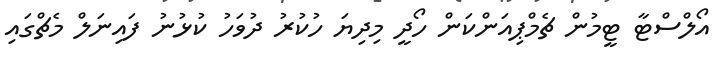
އޯލްސްޓާ ޓީމުން ޗެމްޕިއަންކަން ހޯދީ މިދިޔަ ހުކުރު ދުވަހު ކުޅުނު ފައިނަލް މެޗްގައި